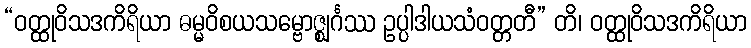
“ဝတ္ထုဝိသဒကိရိယာ ဓမ္မဝိစယသမ္ဗောဇ္ဈင်္ဂဿ ဥပ္ပါဒါယသံဝတ္တတီ” တိ၊ ဝတ္ထုဝိသဒကိရိယာ